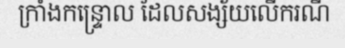
ក្រាំងកន្ទ្រោល ដែលសង្ស័យលើករណី